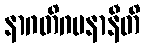
နာဂတိဂမနာနီတိ